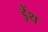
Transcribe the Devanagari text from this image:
ड्रेंथ